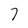
Character: 7